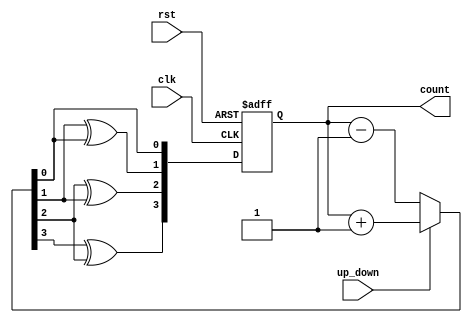
module up_down_gray_counter (
    input wire clk,       // Clock input
    input wire rst,       // Reset input
    input wire up_down,   // Control signal for up/down count
    output reg [3:0] count // Output representing the current count value in Gray code format
);

// Internal signals
reg [3:0] count_reg;  // Storage for current count value
reg [3:0] next_count; // Next count value

// Initial value for count_reg
initial
    count_reg = 4'b0000;

// Sequential logic to update count based on up_down control signal
always @(posedge clk or posedge rst) begin
    if (rst) begin
        count_reg <= 4'b0000;
    end else begin
        if (up_down)
            next_count = count_reg + 1; // Count up
        else
            next_count = count_reg - 1; // Count down
        
        // Convert binary count to Gray code
        count_reg <= {next_count[3] ^ next_count[2], next_count[2] ^ next_count[1], next_count[1] ^ next_count[0], next_count[0]};
    end
end

// Assign count_reg to output count
assign count = count_reg;

endmodule